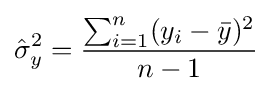
{\hat {\sigma }}_{y}^{2}={\frac {\sum _{i=1}^{n}(y_{i}-{\bar {y}})^{2}}{n-1}}